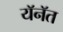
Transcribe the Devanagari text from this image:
यॅनॅत